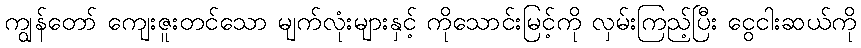
ကျွန်တော် ကျေးဇူးတင်သော မျက်လုံးများနှင့် ကိုသောင်းမြင့်ကို လှမ်းကြည့်ပြီး ငွေငါးဆယ်ကို